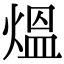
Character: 熅